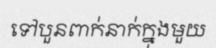
ទៅបួនពាក់នាក់ក្នុងមួយ